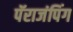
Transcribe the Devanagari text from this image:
पॅराजंपिंग